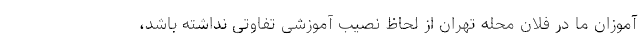
آموزان ما در فلان محله تهران از لحاظ نصیب آموزشی تفاوتی نداشته باشد،